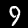
Digit: 9